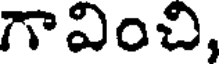
గావించి,